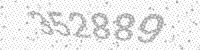
Solution: 352889